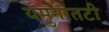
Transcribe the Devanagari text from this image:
यमुनातटी